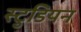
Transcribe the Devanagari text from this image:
स्टुडियन